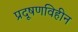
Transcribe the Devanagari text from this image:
प्रदूषणविहीन